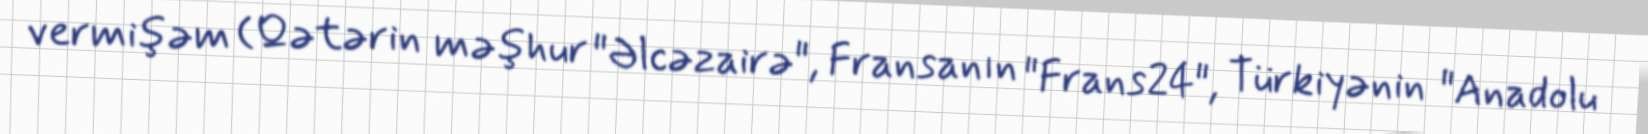
vermişəm (Qətərin məşhur "Əlcəzairə", Fransanın "Frans24", Türkiyənin "Anadolu